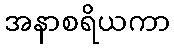
အနာစရိယကာ